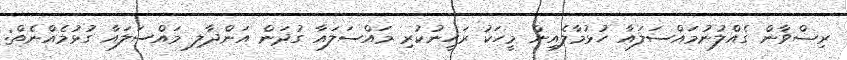
ރިޟްވާން ގެއްލުނުމައްސަލައާ ހުޅުމާލެއިން މީހަކު ރަހީނުކުރި މައްސަލައާ ގުދަން އަންދާލި މައްސަލައާ ގުޅުމެއްނެތް: